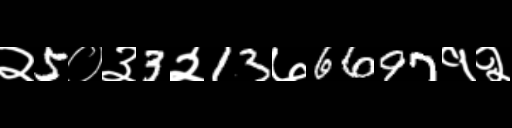
Text: २5०३3२13७6697१२